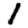
Digit: 1